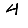
Digit: 4